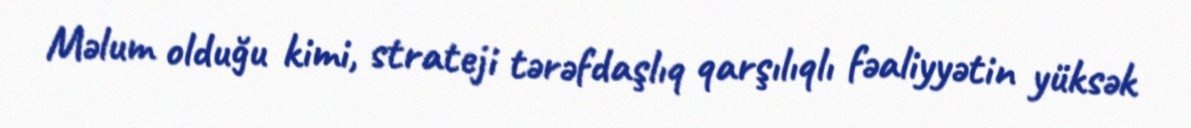
Məlum olduğu kimi, strateji tərəfdaşlıq qarşılıqlı fəaliyyətin yüksək